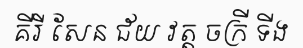
គីរី សែន ជ័យ វត្ត ចក្រី ទីង